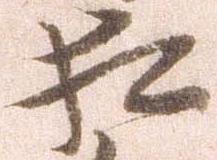
相